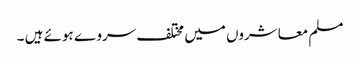
مسلم معاشروں میں مختلف سروے ہوئے ہیں ۔